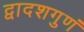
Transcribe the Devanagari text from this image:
द्वादशगुणं